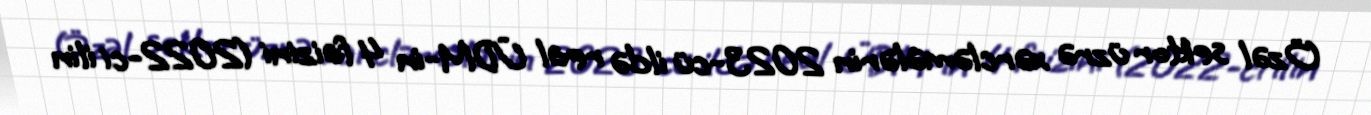
Özəl sektor üzrə xərcləmələrin 2023-cü ildə real ÜDM-in 4 faizini (2022-ci ilin